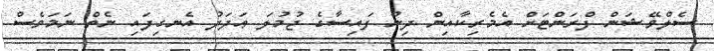
ސެލްވޭޝަން ފްރަންޓަށް އެމެރިކާއިން ދިން ފައިސާގެ ޖުމުލަ ޢަދަދު އެނގިފައި ނެތް ނަމަވެސް